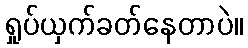
ရှုပ်ယှက်ခတ်နေတာပဲ။